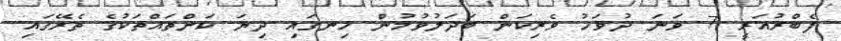
ފެބްރުއަރީ 7 ވަނަ ދުވަހު ވެރިކަން ބަދަލުވުމުން ހިނގައި ދިޔަ ކަންތައްތަކުގެ ތެރޭގައި